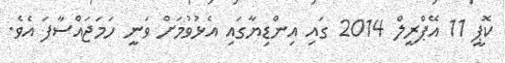
ކޮޕީ 11 އޭޕްރީލް 2014 ގައި އިންޑިޔާގައި އެޅުވުމަށް ވަނީ ހަމަޖައްސާފަ އެވެ.